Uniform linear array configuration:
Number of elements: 4
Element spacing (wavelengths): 1
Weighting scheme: cosine
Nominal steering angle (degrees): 15
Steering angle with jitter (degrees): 14.941
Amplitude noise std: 0.05
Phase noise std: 0.05

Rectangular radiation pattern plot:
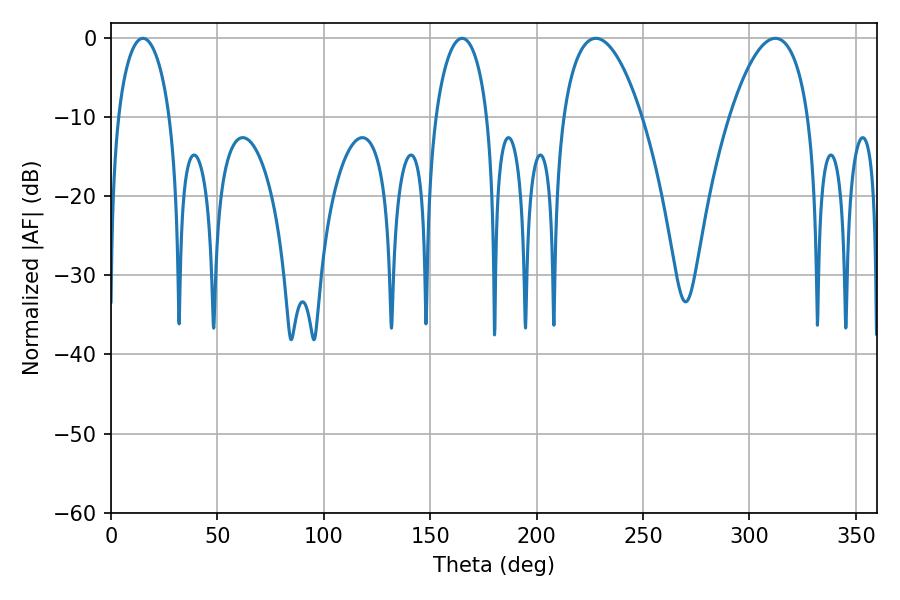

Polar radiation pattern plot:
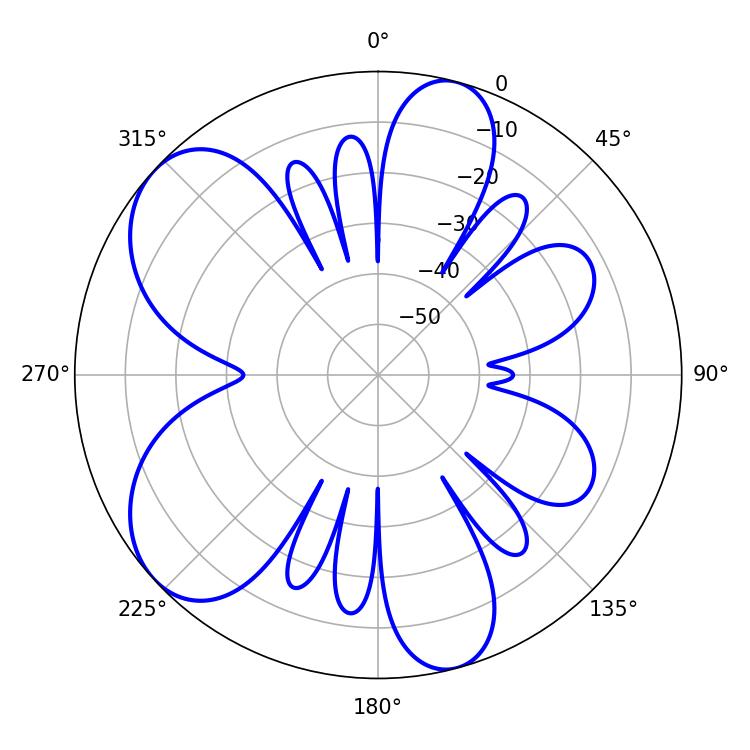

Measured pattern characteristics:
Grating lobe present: TRUE
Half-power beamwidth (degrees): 20.7
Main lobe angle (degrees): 227.88